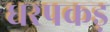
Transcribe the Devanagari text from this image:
धरपकड़